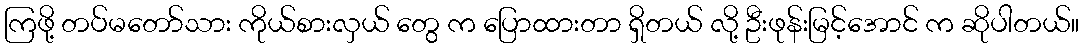
ကြဖို့ တပ်မတော်သား ကိုယ်စားလှယ် တွေ က ပြောထားတာ ရှိတယ် လို့ ဦးဖုန်းမြင့်အောင် က ဆိုပါတယ်။